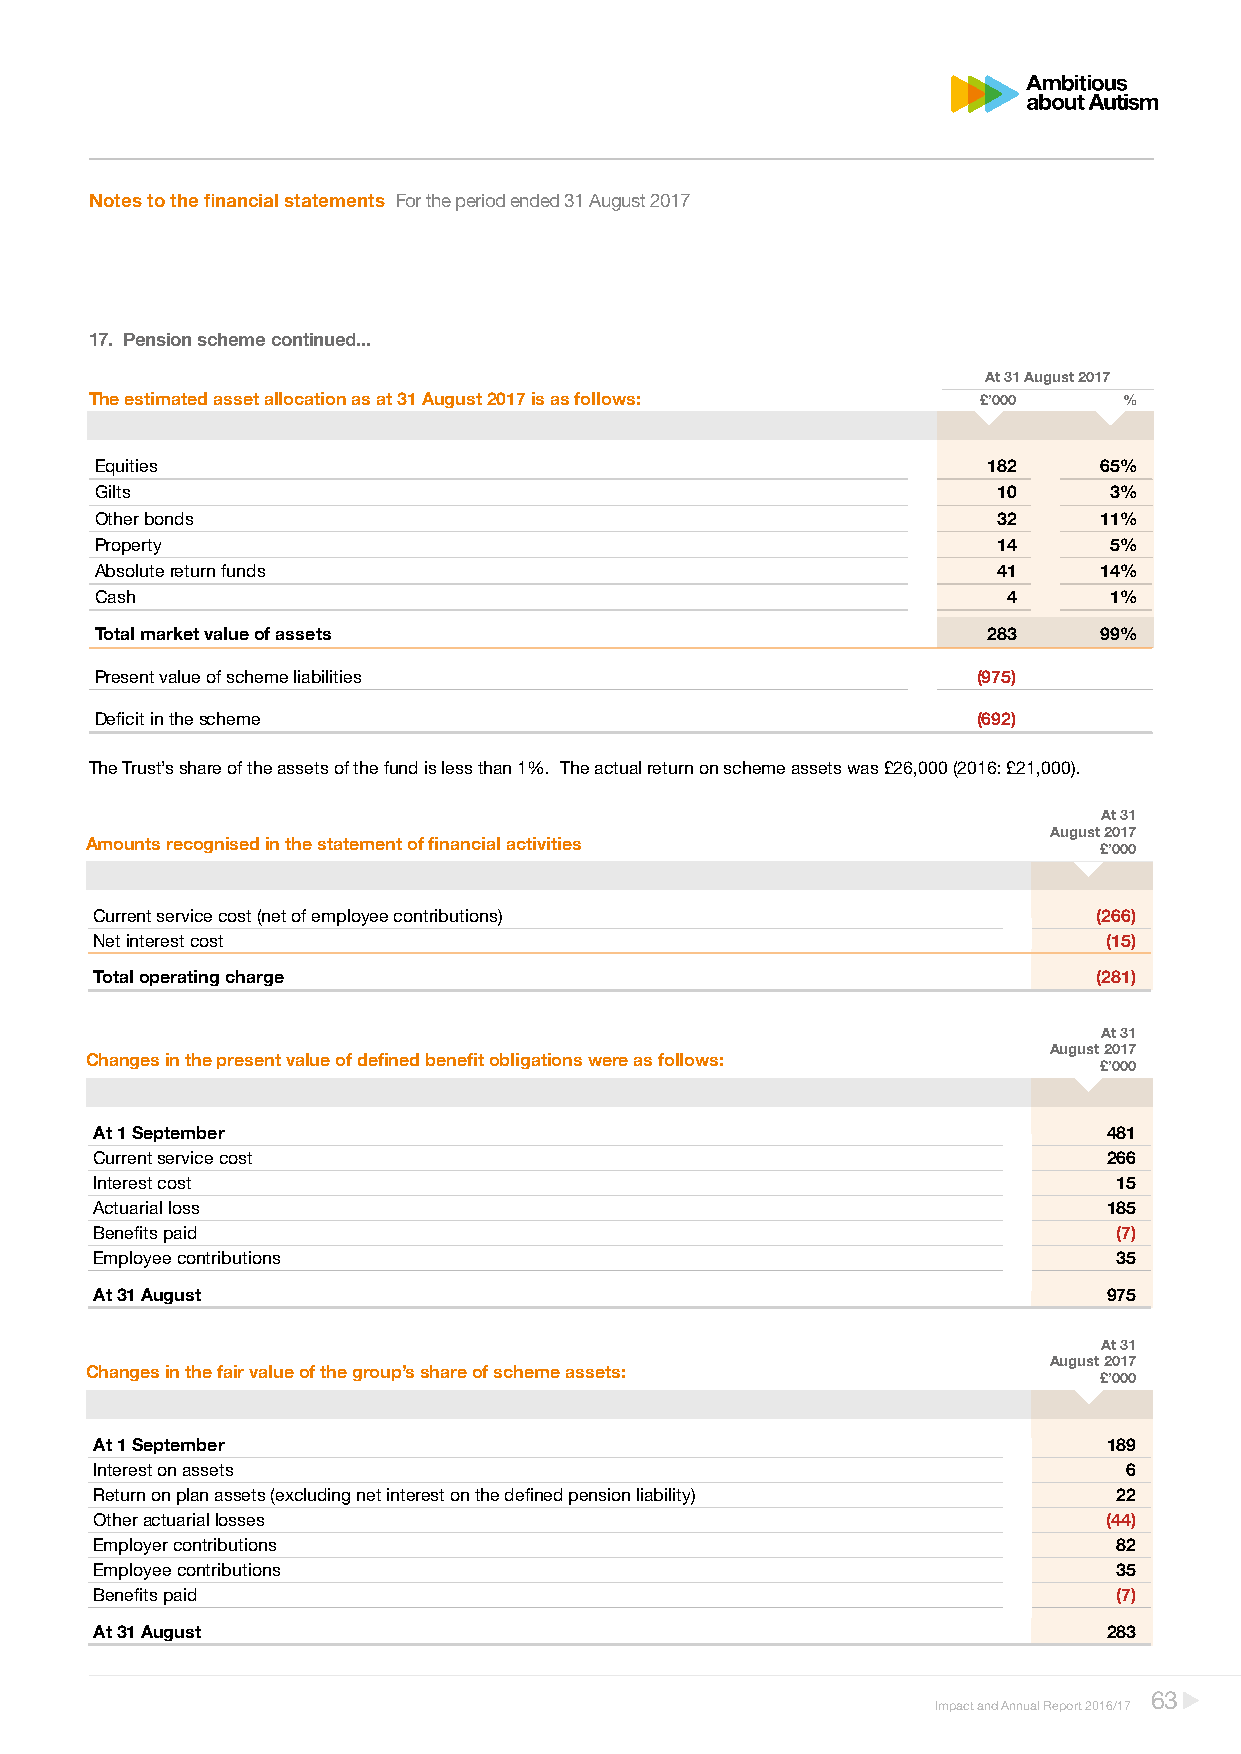
Notes to the financial statements For the period ended 31 August 2017
 17. Pension scheme continued...
 At 31 August 2017
 The estimated asset allocation as at 31 August 2017 is as follows: £’000 %
 Equities                                                   182     65%
 Gilts                                                       10     3%
 Other bonds                                                 32     11%
 Property                                                    14     5%
 Absolute return funds                                       41     14%
 Cash                                                         4     1%
 Total market value of assets                               283     99%
 Present value of scheme liabilities                        (975)
 Deficit in the scheme                                      (692)
 The Trust’s share of the assets of the fund is less than 1%. The actual return on scheme assets was £26,000 (2016: £21,000).
 At 31
 August 2017
 A mounts recognised in the statement o f financial act ivities     £’000
 Current service cost (net of employee contributions)               (266)
 Net interest cost                                                  (15)
 Total operating charge                                             (281)
 At 31
 August 2017
 C hanges in the present value of define d benefit oblig ations were as follows:
 £’000
 At 1 September                                                     481
 Current service cost                                               266
 Interest cost                                                       15
 Actuarial loss                                                     185
 Benefits paid                                                       (7)
 Employee contributions                                              35
 At 31 August                                                       975
 At 31
 August 2017
 C hanges in the fair value of the group’s share of sche me assets:
 £’000
 At 1 September                                                     189
 Interest on assets                                                   6
 Return on plan assets (excluding net interest on the defined pension liability) 22
 Other actuarial losses                                             (44)
 Employer contributions                                              82
 Employee contributions                                              35
 Benefits paid                                                       (7)
 At 31 August                                                       283
 63
 Impact and Annual Report 2016/17